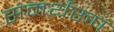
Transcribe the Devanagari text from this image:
समर्थरूप